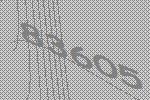
83605